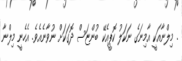
. މިލްނާއަކީ އާމިނަގެ ނަކަލު ކޮޕީއެކޭ ބުންޏަސް ދޮގަކަށް ނުވާނެއެވެ. އެހެނީ މިލްނާ